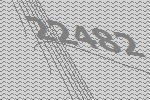
22482